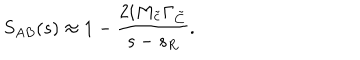
S _ { A B } ( s ) \approx 1 - \frac { 2 i M _ { \tilde { c } } \Gamma _ { \tilde { C } } } { s - s _ { R } } .